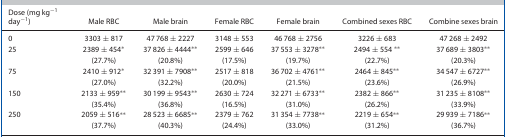
<table><thead><tr><td><b>Dose (mg kg<sup>−1</sup> day<sup>−1</sup>)</b></td><td><b>Male RBC</b></td><td><b>Male brain</b></td><td><b>Female RBC</b></td><td><b>Female brain</b></td><td><b>Combined sexes RBC</b></td><td><b>Combine sexes brain</b></td></tr></thead><tbody><tr><td>0</td><td>3303 ± 817</td><td>47 768 ± 2227</td><td>3148 ± 553</td><td>46 768 ± 2756</td><td>3226 ± 683</td><td>47 268 ± 2492</td></tr><tr><td>25</td><td>2389 ± 454*</td><td>37 826 ± 4444**</td><td>2599 ± 646</td><td>37 553 ± 3278**</td><td>2494 ± 554 **</td><td>37 689 ± 3803**</td></tr><tr><td></td><td>(27.7%)</td><td>(20.8%)</td><td>(17.5%)</td><td>(19.7%)</td><td>(22.7%)</td><td>(20.3%)</td></tr><tr><td>75</td><td>2410 ± 912*</td><td>32 391 ± 7908**</td><td>2517 ± 818</td><td>36 702 ± 4761**</td><td>2464 ± 845**</td><td>34 547 ± 6727**</td></tr><tr><td></td><td>(27.0%)</td><td>(32.2%)</td><td>(20.0%)</td><td>(21.5%)</td><td>(23.6%)</td><td>(26.9%)</td></tr><tr><td>150</td><td>2133 ± 959**</td><td>30 199 ± 9543**</td><td>2630 ± 724</td><td>32 271 ± 6733**</td><td>2382 ± 866**</td><td>31 235 ± 8108**</td></tr><tr><td></td><td>(35.4%)</td><td>(36.8%)</td><td>(16.5%)</td><td>(31.0%)</td><td>(26.2%)</td><td>(33.9%)</td></tr><tr><td>250</td><td>2059 ± 516**</td><td>28 523 ± 6685**</td><td>2379 ± 762</td><td>31 354 ± 7738**</td><td>2219 ± 654**</td><td>29 939 ± 7186**</td></tr><tr><td></td><td>(37.7%)</td><td>(40.3%)</td><td>(24.4%)</td><td>(33.0%)</td><td>(31.2%)</td><td>(36.7%)</td></tr></tbody></table>